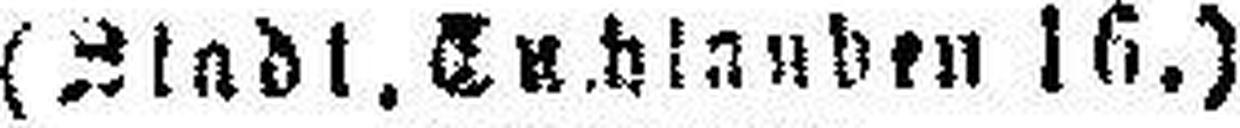
(Stadt. Tuchlauben 16.)